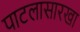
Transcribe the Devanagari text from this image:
पाटलासारखा